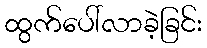
ထွက်ပေါ်လာခဲ့ခြင်း